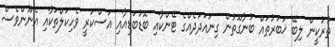
ތުުރުކީން ލިބޭ ޚަބަރުތައް ބުނާގޮތުން ގިނައަދަދެއްގެ ޓޭންކާއި ބޮޑުބަޑިއާއި އަސްކަރީ ވެހިކަލްތަކާއި އެނޫންވެސް